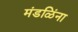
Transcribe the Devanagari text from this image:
मंडळिंना